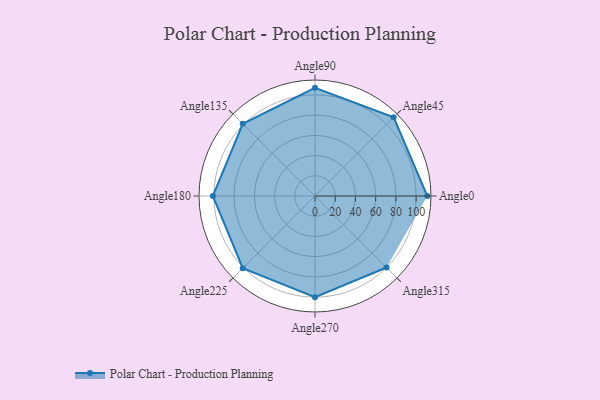
{"axis": {"x": "Angle", "y": "Radius"}, "legend": [""], "data": [{"x": "Angle0", "y": 111.0, "type": ""}, {"x": "Angle45", "y": 110.0, "type": ""}, {"x": "Angle90", "y": 107.0, "type": ""}, {"x": "Angle135", "y": 101.0, "type": ""}, {"x": "Angle180", "y": 101.0, "type": ""}, {"x": "Angle225", "y": 101.0, "type": ""}, {"x": "Angle270", "y": 100.0, "type": ""}, {"x": "Angle315", "y": 100.0, "type": ""}]}